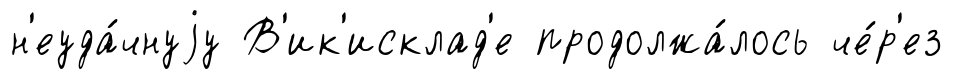
н'еуда́чнуjу В'ик'исклад'е продолжа́лось че́р'ез